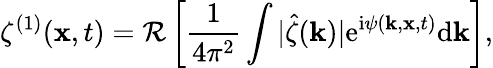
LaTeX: \zeta^{(1)}(\mathbf{x},t)=\mathcal{R}\left[\frac{1}{4\pi^{2}}\int|\hat{\zeta}(\mathbf{k})|\mathrm{e}^{\mathrm{i}\psi(\mathbf{k},\mathbf{x},t)}\mathrm{d}\mathbf{k}\right],